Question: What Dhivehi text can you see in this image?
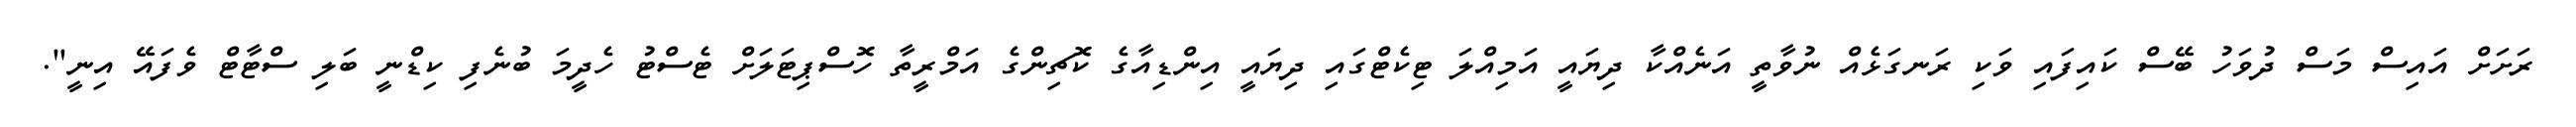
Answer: ރަށަށް އައިސް މަސް ދުވަހު ބޭސް ކައިފައި ވަކި ރަނގަޅެއް ނުވާތީ އަނެއްކާ ދިޔައީ އަމިއްލަ ޓިކެޓްގައި ދިޔައީ އިންޑިއާގެ ކޮޗިންގެ އަމްރީތާ ހޮސްޕިޓަލަށް ޓެސްޓު ހެދީމަ ބުނެފި ކިޑްނީ ބަލި ސްޓާޓް ވެފައޭ އިނީ".